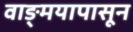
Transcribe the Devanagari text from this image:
वाङ्‌मयापासून